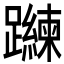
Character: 𲄐